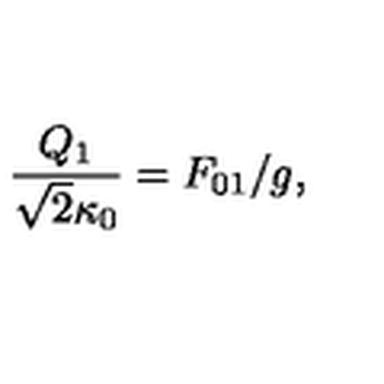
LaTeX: \frac { Q _ { 1 } } { \sqrt { 2 } \kappa _ { 0 } } = F _ { 0 1 } / g ,